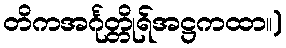
တိကအင်္ဂုတ္တိုရ်အဋ္ဌကထာ။)